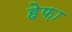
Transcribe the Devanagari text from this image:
हेफ़ा